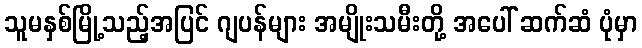
သူမနှစ်မြို့သည့်အပြင် ဂျပန်များ အမျိုးသမီးတို့ အပေါ် ဆက်ဆံ ပုံမှာ